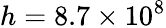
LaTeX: h=8.7\times 10^{8}